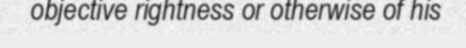
objective rightness or otherwise of his